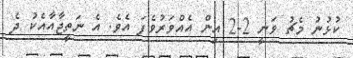
ކުޅުނު މެޗު ވަނީ 2-2 އިން އެއްވަރުވެފަ އެވެ. އެ ނަތީޖާއާއެކު ދެ